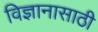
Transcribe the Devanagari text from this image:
विज्ञानासाठी